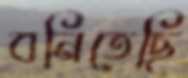
বনিতেছি